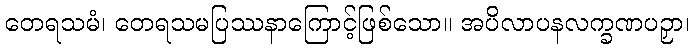
တေရသမံ၊ တေရသမပြဿနာကြောင့်ဖြစ်သော။ အပိလာပနလက္ခဏပဉှာ၊